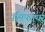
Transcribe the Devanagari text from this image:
पॅसिफायर